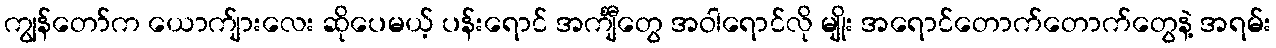
ကျွန်တော်က ယောက်ျားလေး ဆိုပေမယ့် ပန်းရောင် အင်္ကျီတွေ အဝါရောင်လို မျိုး အရောင်တောက်တောက်တွေနဲ့ အရမ်း